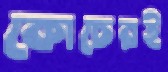
কোচেরই